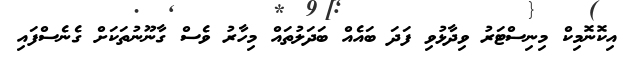
އިކޮނޮމިކް މިނިސްޓަރު ވިދާޅުވި ފަދަ ބައެއް ބަދަލުތައް މިހާރު ވެސް ގާނޫނުތަކަށް ގެނެސްފައި